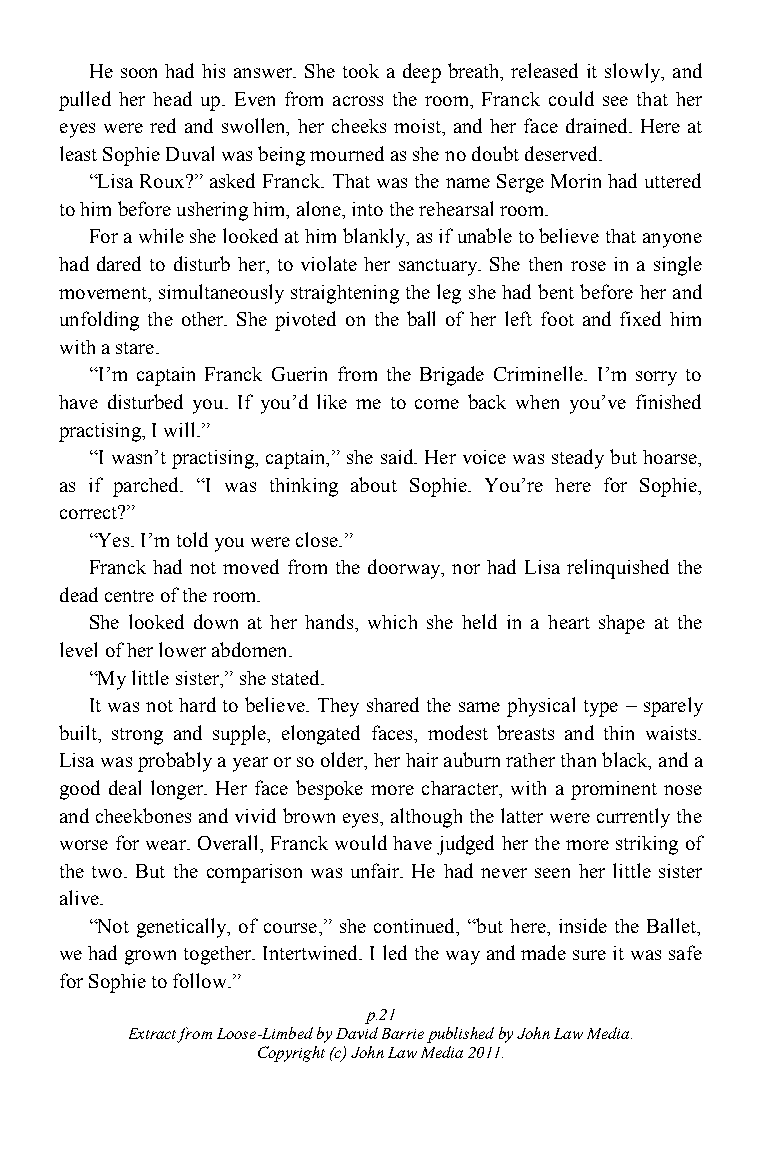
He soon had his answer. She took a deep breath, released it slowly, and
 pulled her head up. Even from across the room, Franck could see that her
 eyes were red and swollen, her cheeks moist, and her face drained. Here at
 least Sophie Duval was being mourned as she no doubt deserved.
 “Lisa Roux?” asked Franck. That was the name Serge Morin had uttered
 to him before ushering him, alone, into the rehearsal room.
 For a while she looked at him blankly, as if unable to believe that anyone
 had dared to disturb her, to violate her sanctuary. She then rose in a single
 movement, simultaneously straightening the leg she had bent before her and
 unfolding the other. She pivoted on the ball of her left foot and fixed him
 with a stare.
 “I‟m captain Franck Guerin from the Brigade Criminelle. I‟m sorry to
 have disturbed you. If you‟d like me to come back when you‟ve finished
 practising, I will.”
 “I wasn‟t practising, captain,” she said. Her voice was steady but hoarse,
 as if parched. “I was thinking about Sophie. You‟re here for Sophie,
 correct?”
 “Yes. I‟m told you were close.”
 Franck had not moved from the doorway, nor had Lisa relinquished the
 dead centre of the room.
 She looked down at her hands, which she held in a heart shape at the
 level of her lower abdomen.
 “My little sister,” she stated.
 It was not hard to believe. They shared the same physical type – sparely
 built, strong and supple, elongated faces, modest breasts and thin waists.
 Lisa was probably a year or so older, her hair auburn rather than black, and a
 good deal longer. Her face bespoke more character, with a prominent nose
 and cheekbones and vivid brown eyes, although the latter were currently the
 worse for wear. Overall, Franck would have judged her the more striking of
 the two. But the comparison was unfair. He had never seen her little sister
 alive.
 “Not genetically, of course,” she continued, “but here, inside the Ballet,
 we had grown together. Intertwined. I led the way and made sure it was safe
 for Sophie to follow.”
 p.21
 Extract from Loose-Limbed by David Barrie published by John Law Media.
 Copyright (c) John Law Media 2011.